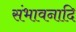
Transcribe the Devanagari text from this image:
संभावनादि